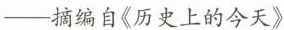
——摘编自《历史上的今天》